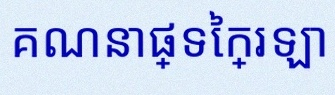
គណនាផ្ទៃក្រឡា